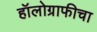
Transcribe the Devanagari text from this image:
हॉलोग्राफीचा